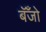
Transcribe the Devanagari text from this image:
बॅँजो